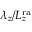
\lambda _ { z } / L _ { z } ^ { \mathrm { r a } }